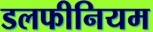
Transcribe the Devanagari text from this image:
डलफीनियम